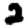
Digit: 2